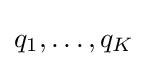
q_{1},\ldots ,q_{K}